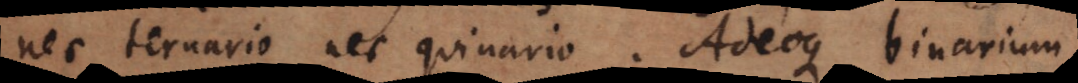
nec ternario nec quinario. Adeoque binarium,